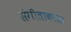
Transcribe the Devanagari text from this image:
संगीताकरता